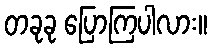
တခုခု ပြောကြပါလား။